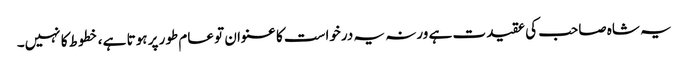
یہ شاہ صاحب کی عقیدت ہے ورنہ یہ درخواست کا عنوان تو عام طور پر ہوتا ہے ، خطوط کا نہیں۔